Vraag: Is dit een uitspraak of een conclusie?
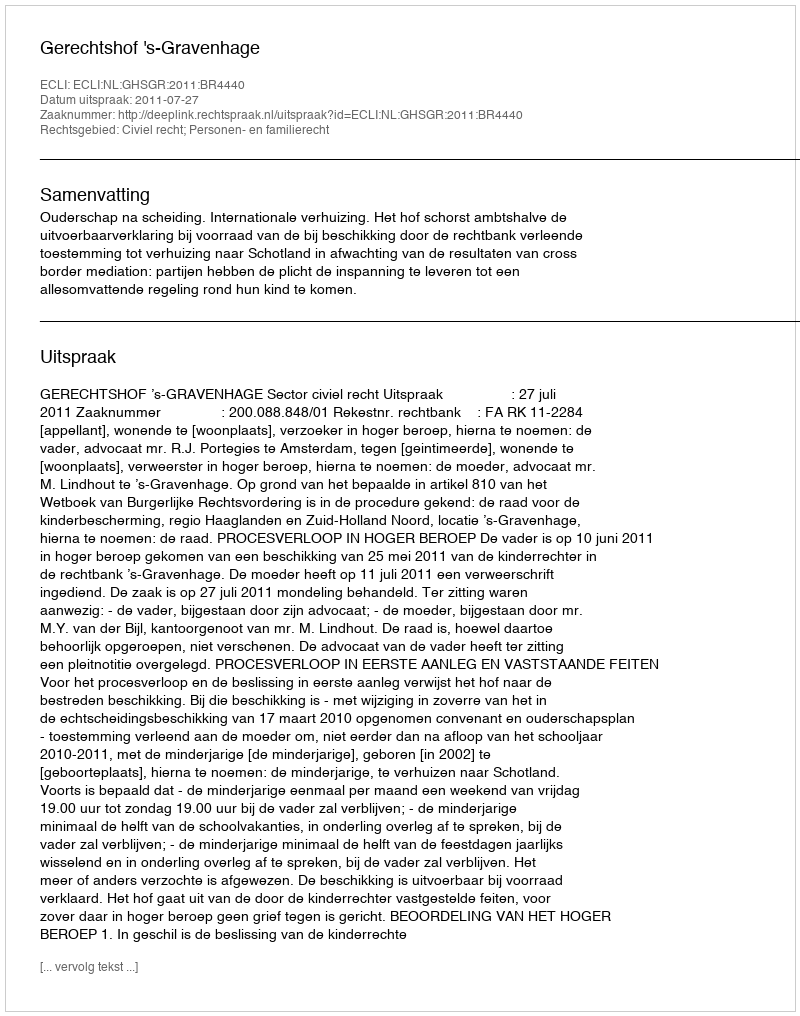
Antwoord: Uitspraak